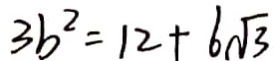
3 b ^ { 2 } = 1 2 + 6 \sqrt { 3 }